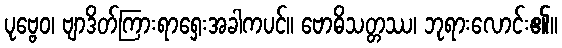
ပုဗ္ဗေဝ၊ ဗျာဒိတ်ကြားရာရှေးအခါကပင်။ ဗောဓိသတ္တဿ၊ ဘုရားလောင်း၏။